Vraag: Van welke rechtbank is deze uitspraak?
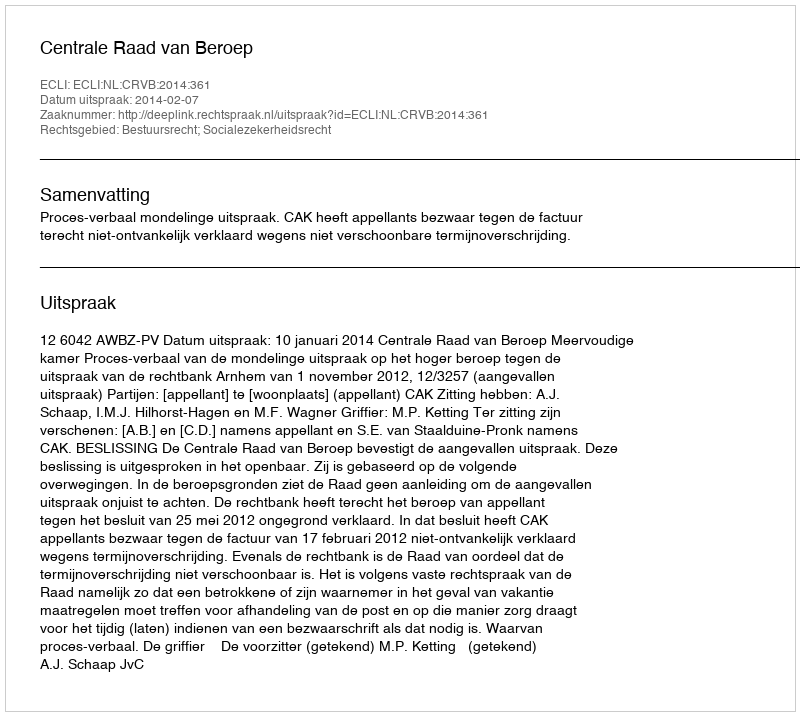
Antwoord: Centrale Raad van Beroep